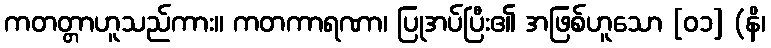
ကတတ္တာဟူသည်ကား။ ကတကာရဏာ၊ ပြုအပ်ပြီး၏ အဖြစ်ဟူသော [၀၁] (နိ၊